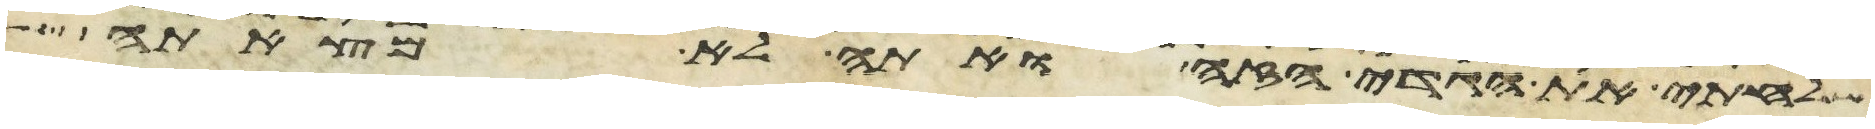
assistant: שלחתי את הגדי הזה ואתה לא מצאתה